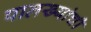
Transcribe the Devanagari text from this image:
पालख्यांची